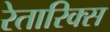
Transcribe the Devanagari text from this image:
रेतारिक्स